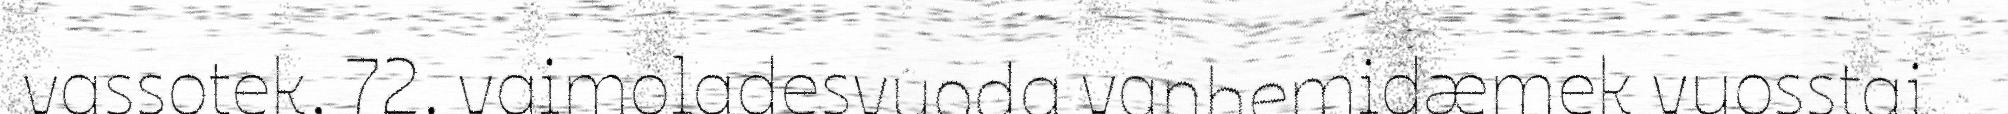
vassotek, 72. vaimoladesvuoda vanhemidæmek vuosstai